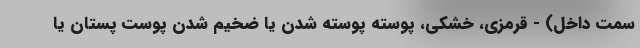
سمت داخل) - قرمزی، خشکی، پوسته پوسته شدن یا ضخیم شدن پوست پستان یا